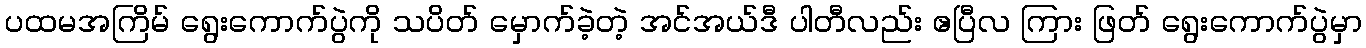
ပထမအကြိမ် ရွေးကောက်ပွဲကို သပိတ် မှောက်ခဲ့တဲ့ အင်အယ်ဒီ ပါတီလည်း ဧပြီလ ကြား ဖြတ် ရွေးကောက်ပွဲမှာ